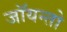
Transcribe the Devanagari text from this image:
जॉयन्तो